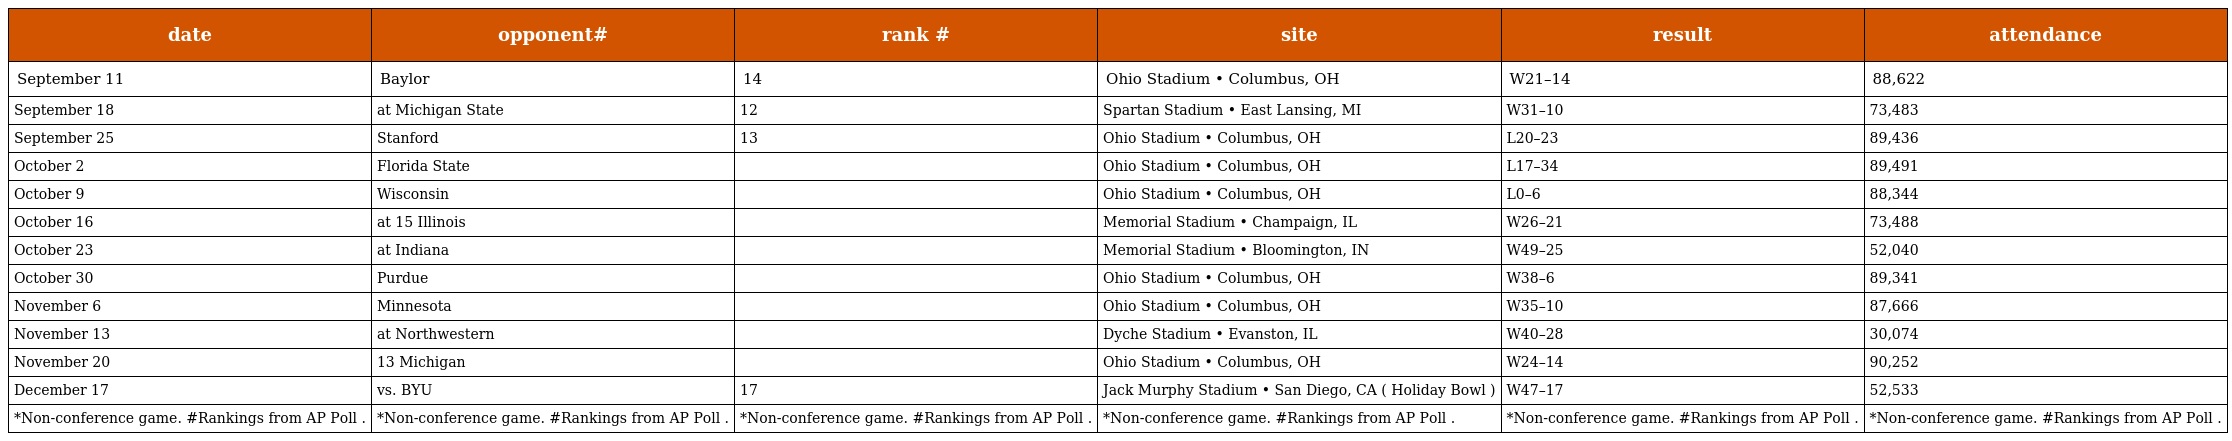
| date | opponent# | rank # | site | result | attendance |
 | --- | --- | --- | --- | --- | --- |
 | September 11 | Baylor | 14 | Ohio Stadium • Columbus, OH | W21–14 | 88,622 |
 | September 18 | at Michigan State | 12 | Spartan Stadium • East Lansing, MI | W31–10 | 73,483 |
 | September 25 | Stanford | 13 | Ohio Stadium • Columbus, OH | L20–23 | 89,436 |
 | October 2 | Florida State |  | Ohio Stadium • Columbus, OH | L17–34 | 89,491 |
 | October 9 | Wisconsin |  | Ohio Stadium • Columbus, OH | L0–6 | 88,344 |
 | October 16 | at 15 Illinois |  | Memorial Stadium • Champaign, IL | W26–21 | 73,488 |
 | October 23 | at Indiana |  | Memorial Stadium • Bloomington, IN | W49–25 | 52,040 |
 | October 30 | Purdue |  | Ohio Stadium • Columbus, OH | W38–6 | 89,341 |
 | November 6 | Minnesota |  | Ohio Stadium • Columbus, OH | W35–10 | 87,666 |
 | November 13 | at Northwestern |  | Dyche Stadium • Evanston, IL | W40–28 | 30,074 |
 | November 20 | 13 Michigan |  | Ohio Stadium • Columbus, OH | W24–14 | 90,252 |
 | December 17 | vs. BYU | 17 | Jack Murphy Stadium • San Diego, CA ( Holiday Bowl ) | W47–17 | 52,533 |
 | *Non-conference game. #Rankings from AP Poll . | *Non-conference game. #Rankings from AP Poll . | *Non-conference game. #Rankings from AP Poll . | *Non-conference game. #Rankings from AP Poll . | *Non-conference game. #Rankings from AP Poll . | *Non-conference game. #Rankings from AP Poll . |